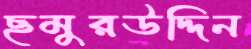
ছমুরউদ্দিন